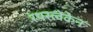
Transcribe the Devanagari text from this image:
रथस्त्वेकेन